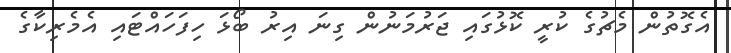
އެގޮތުން މެޗުގެ ކުރީ ކޮޅުގައި ޖަރުމަނުން ގިނަ އިރު ބޯޅަ ހިފަހައްޓައި އެމެރިކާގެ